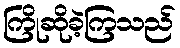
ကြိုဆိုခဲ့ကြသည်